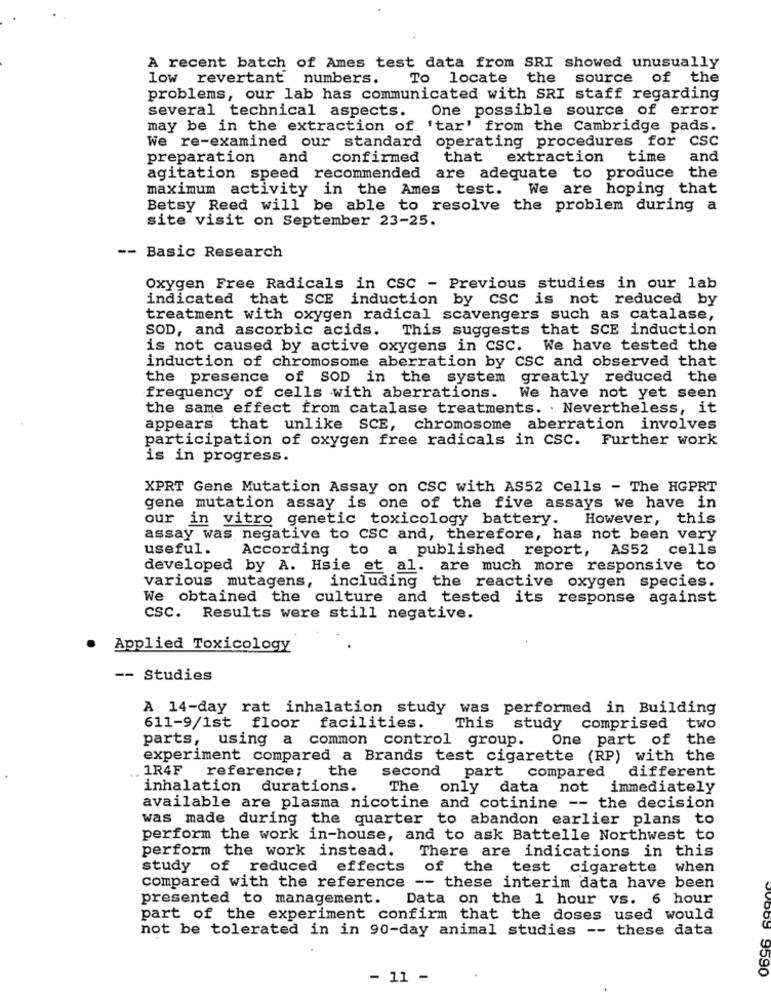
A recent batch of Ames test data from SRI showed unusually
low revertant numbers.
To locate the source of the
problems, our lab has communicated with SRI staff regarding
several technical aspects. One possible source of error
may be in the extraction of 'tar' from the Cambridge pads.
We re-examined our standard operating procedures for CSC
preparation and
confirmed
that extraction time
and
agitation speed recommended are adequate to produce the
maximum activity in the Ames test.
We are hoping that
Betsy Reed will be able to resolve the problem during a
site visit on September 23-25.
-- Basic Research
Oxygen Free Radicals in CSC - Previous studies in our lab
indicated that SCE induction by CSC is not reduced by
treatment with oxygen radical scavengers such as catalase,
SOD, and ascorbic acids. This suggests that SCE induction
is not caused by active oxygens in CSC. We have tested the
induction of chromosome aberration by CSC and observed that
the presence of SOD in the system greatly reduced the
frequency of cells with aberrations.
We have not yet seen
the same effect from catalase treatments. . Nevertheless, it
appears that unlike SCE, chromosome aberration involves
participation of oxygen free radicals in CSC. Further work
is in progress.
XPRT Gene Mutation Assay on CSC with AS52 Cells - The HGPRT
gene mutation assay is one of the five assays we have in
our in vitro genetic toxicology battery.
However, this
assay was negative to CSC and, therefore, has not been very
useful.
According to a published report, AS52 cells
developed by A. Hsie et al. are much more responsive to
various mutagens, including the reactive oxygen species.
We obtained the culture and tested its response against
CSC. Results were still negative.
Applied Toxicology
-- Studies
A 14-day rat inhalation study was performed in Building
comprised
611-9/1st floor
facilities.
This
study
two
parts, using a common control group.
One part of the
experiment compared a Brands test cigarette (RP) with the
. 1R4F reference;
the
compared
different
second part
inhalation durations.
The only data not immediately
available are plasma nicotine and cotinine -- the decision
was made during the quarter to abandon earlier plans to
perform the work in-house, and to ask Battelle Northwest to
perform the work instead. There are indications in this
study of reduced effects of the test cigarette when
compared with the reference -- these interim data have been
presented to management. Data on the 1 hour vs. 6 hour
part of the experiment confirm that the doses used would
not be tolerated in in 90-day animal studies -- these data
- 11 -
9590